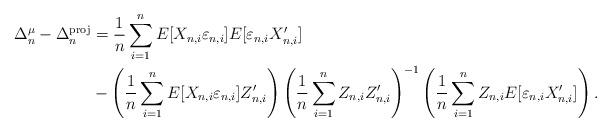
LaTeX: \begin{align*}\Delta_n^\mu-\Delta_n^\mathrm{proj}&= \frac{1}{n}\sum_{i=1}^nE[X_{n,i}\varepsilon_{n,i}]E[\varepsilon_{n,i}X_{n,i}^{\prime }] \\&-\left(\frac{1}{n}\sum_{i=1}^n E[X_{n,i}\varepsilon_{n,i}]Z_{n,i}^{\prime}\right)\left(\frac{1}{n}\sum_{i=1}^n Z_{n,i}Z_{n,i}^{\prime}\right)^{-1}\left(\frac{1}{n}\sum_{i=1}^n Z_{n,i}E[\varepsilon_{n,i}X_{n,i}^{\prime }]\right).\end{align*}